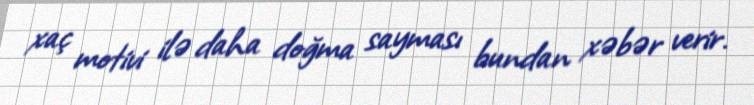
xaç motivi ilə daha doğma sayması bundan xəbər verir.